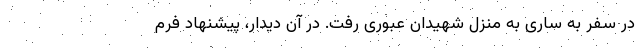
در سفر به ساری به منزل شهیدان عبوری رفت. در آن دیدار، پیشنهاد فرم